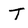
Character: T